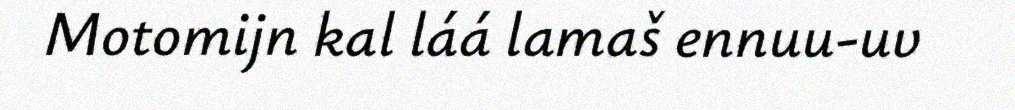
Motomijn kal láá lamaš ennuu-uv